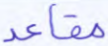
مقاعد